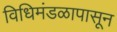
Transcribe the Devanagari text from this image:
विधिमंडळापासून